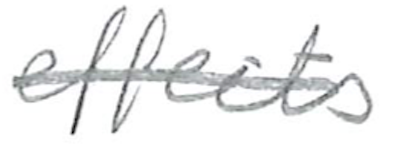
Text: effects
Cross-out: single-line
Writing tool: pencil